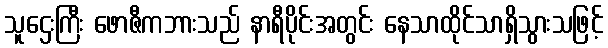
သူဌေးကြီး ဖောဇီကဘားသည် နာရီပိုင်းအတွင်း နေသာထိုင်သာရှိသွားသဖြင့်